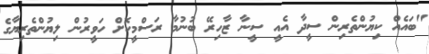
"ބައެއް ކިޔުންތެރިން ސީދާ އެއީ ސީނާ ޒާހިރޭ ބުނުމާ ރަސްމީކޮށް ހަވީރުން ލިޔުންތެރިޔާގެ